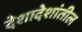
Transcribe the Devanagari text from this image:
देशादेशांतील